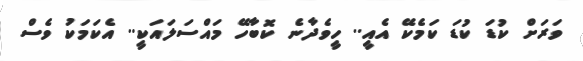
ވަރަށް ކުޑަ ކުޑަ ކަމެކޭ އެއީ.. ހީވެދާނެ ކޮބާހޭ މައްސަލައަކީ.. އެކަމަކު ވެސް